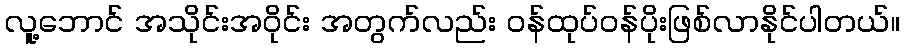
လူ့ဘောင် အသိုင်းအဝိုင်း အတွက်လည်း ဝန်ထုပ်ဝန်ပိုးဖြစ်လာနိုင်ပါတယ်။